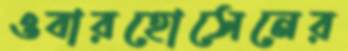
ওবারহোসেনের